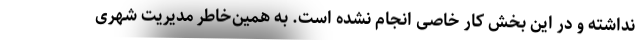
نداشته و در این بخش کار خاصی انجام نشده است. به همین‌خاطر مدیریت شهری